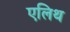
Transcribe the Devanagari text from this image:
एलिथ